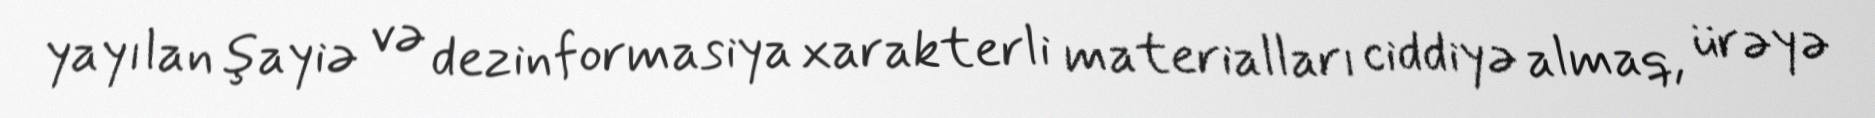
yayılan şayiə və dezinformasiya xarakterli materialları ciddiyə almaq, ürəyə